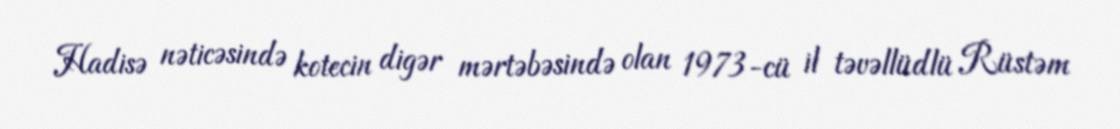
Hadisə nəticəsində kotecin digər mərtəbəsində olan 1973-cü il təvəllüdlü Rüstəm